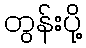
တွန်းပို့